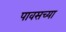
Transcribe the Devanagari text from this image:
पावसच्या